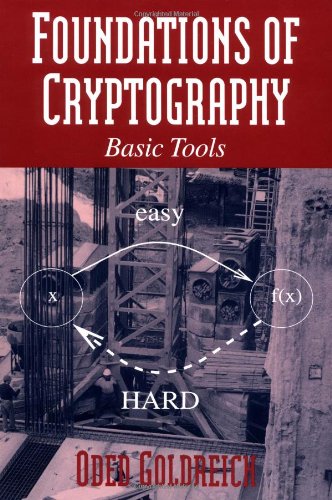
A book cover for Foundations of Cryptography: Volume 1, Basic Tools (Vol 1); Oded Goldreich; Business & Money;